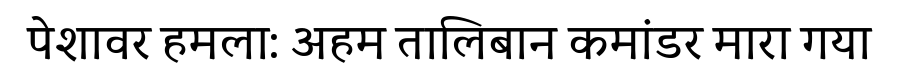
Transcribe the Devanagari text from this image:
पेशावर हमला: अहम तालिबान कमांडर मारा गया